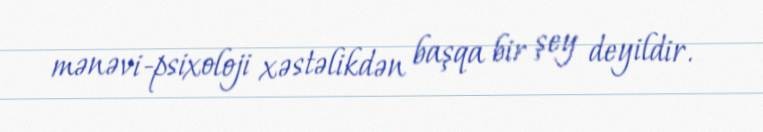
mənəvi-psixoloji xəstəlikdən başqa bir şey deyildir.